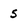
Character: 5